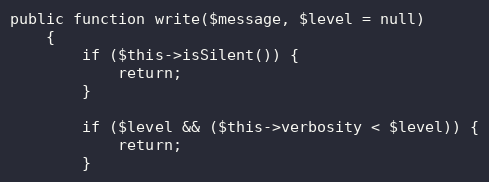
Language: PHP
public function write($message, $level = null)
    {
        if ($this->isSilent()) {
            return;
        }

        if ($level && ($this->verbosity < $level)) {
            return;
        }